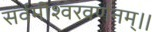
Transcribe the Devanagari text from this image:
सर्वमीश्वरवर्णनम्।।